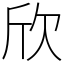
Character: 欣